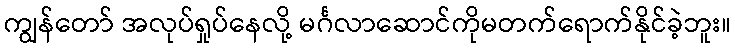
ကျွန်တော် အလုပ်ရှုပ်နေလို့ မင်္ဂလာဆောင်ကိုမတက်ရောက်နိုင်ခဲ့ဘူး။